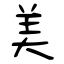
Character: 美